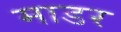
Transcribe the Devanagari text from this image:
माडर